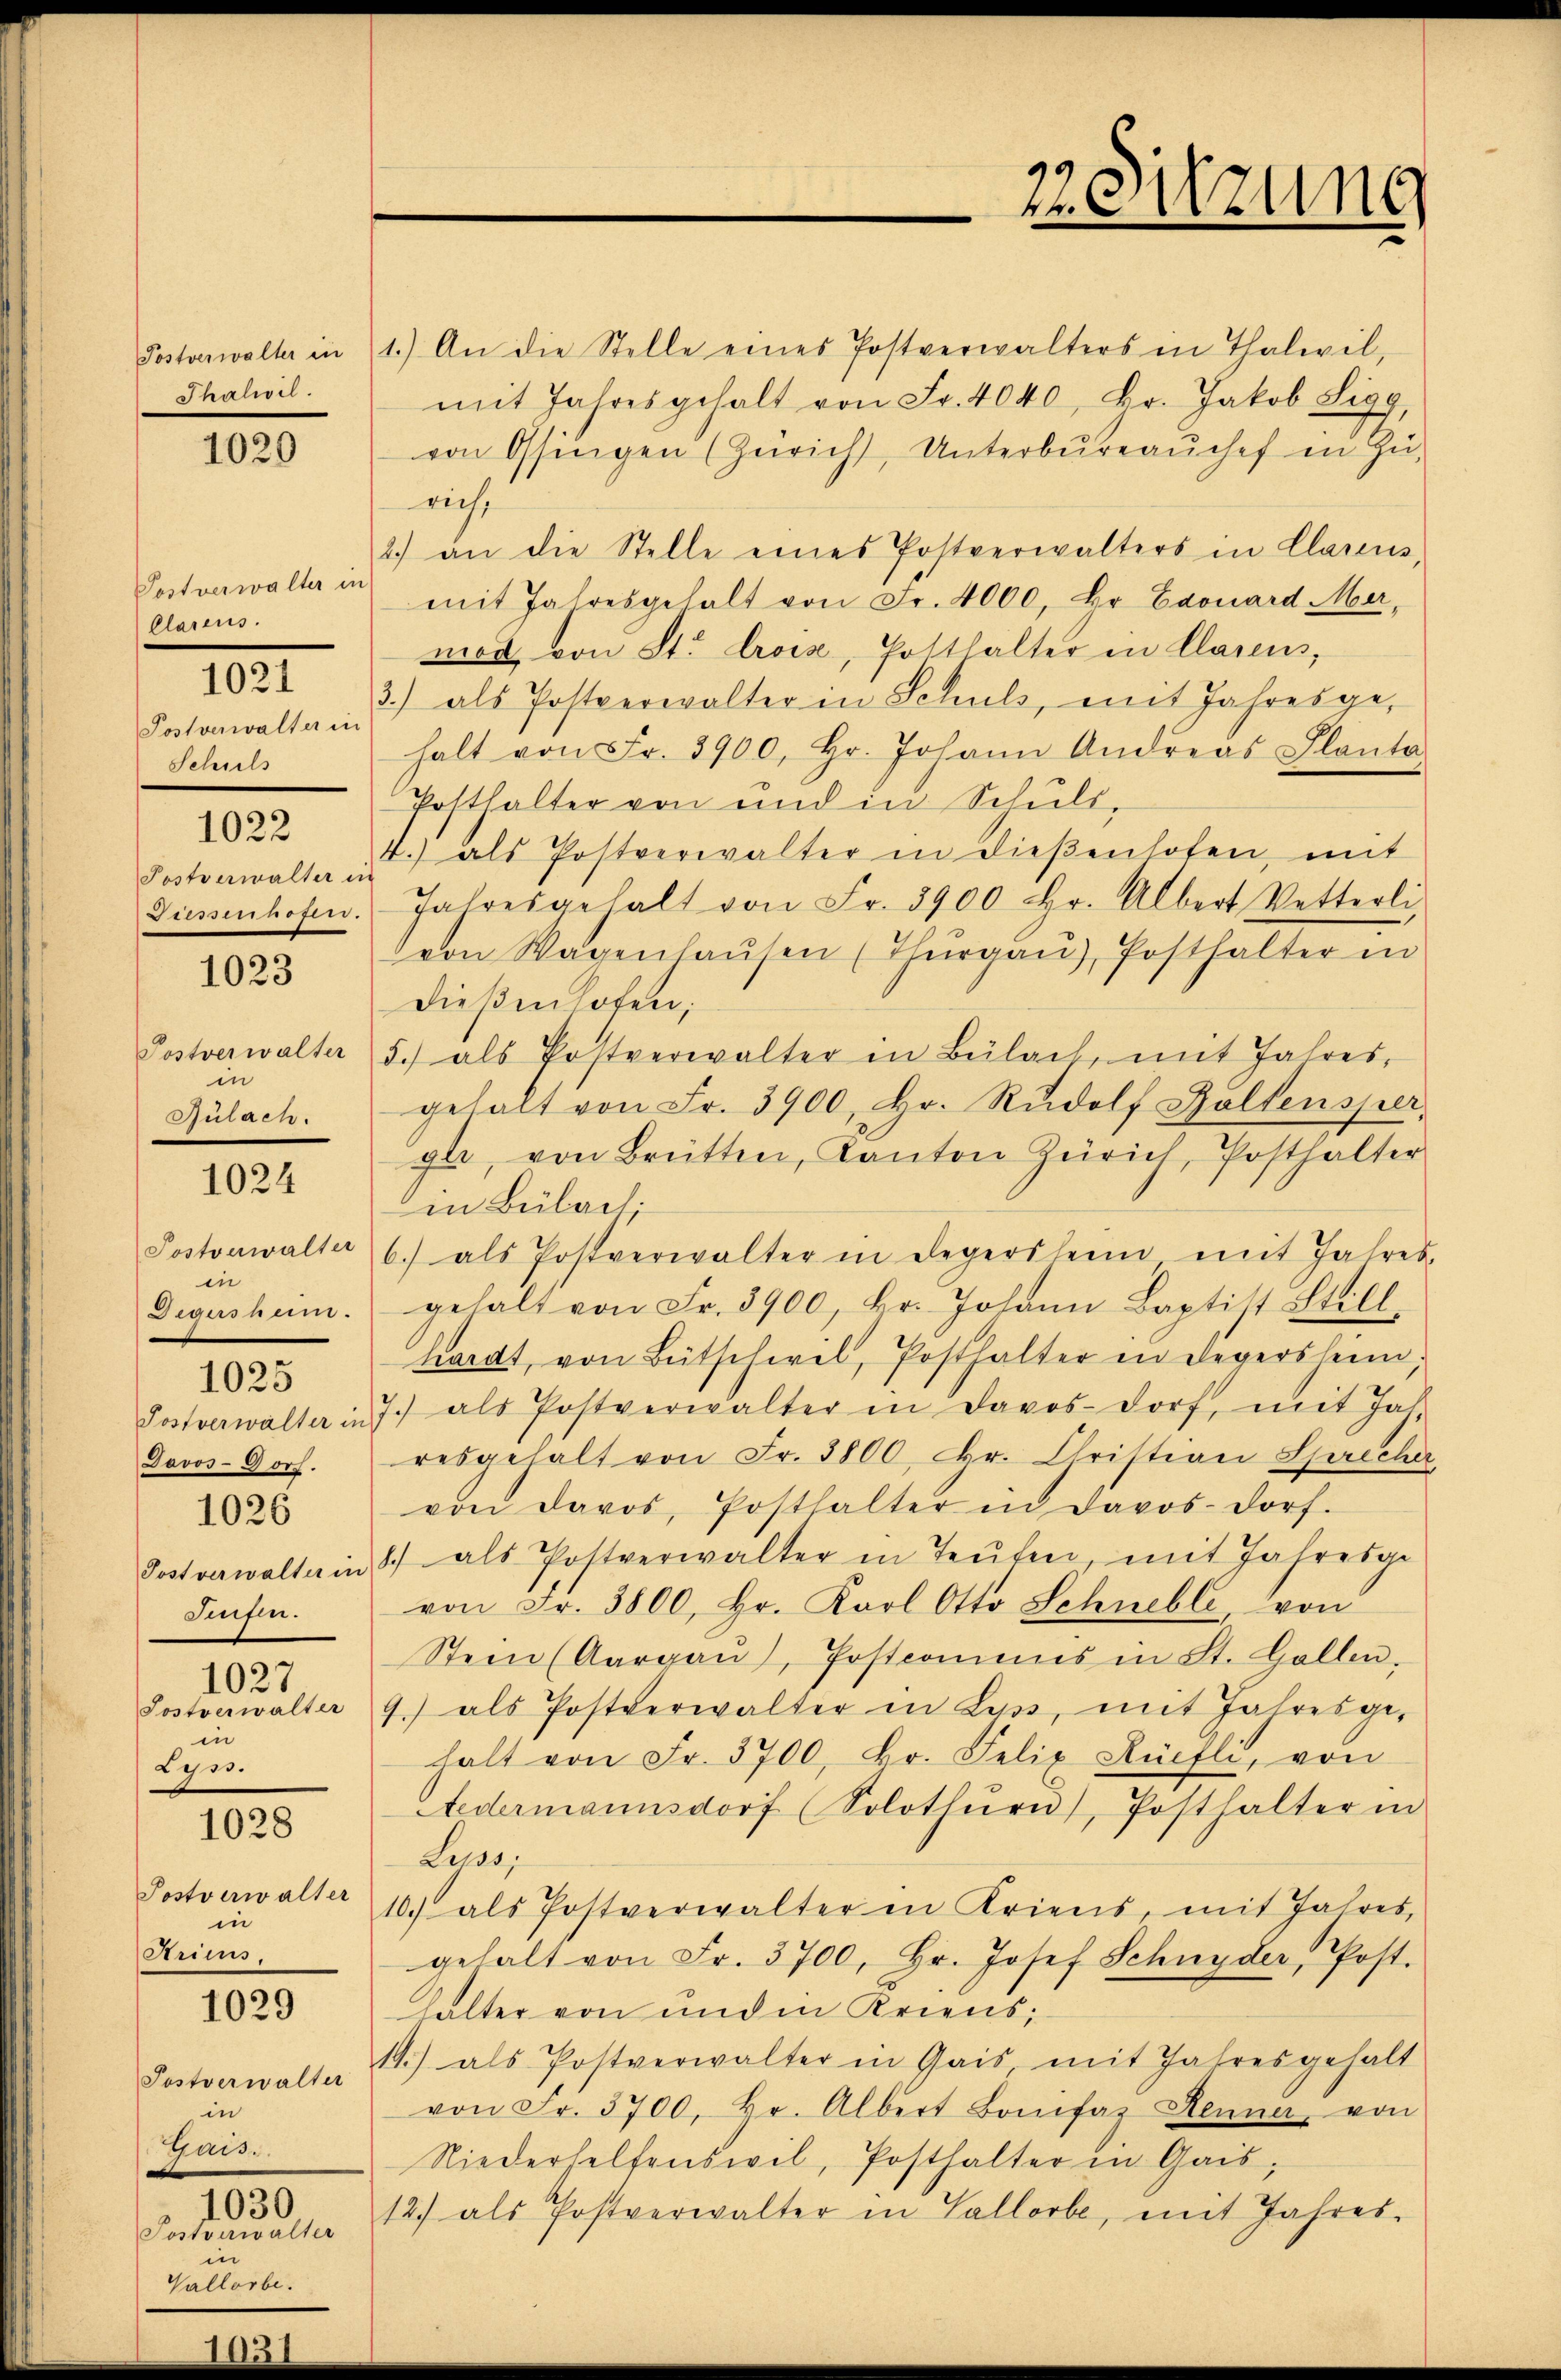
Postverwalter in
Thalwil.

1029

Postverwalter in
Clarens.

1021

Postverwalter in
Schuls

1022

Postverwalter in
Diesenhofen.

1023

Postverwalter
in
Bülach.

1024

Postverwalter
in
egersnum.
Postverwalter in
Davos-Gorf.
Postverwalter in
Sufen.
1027
Tostverwalter
in
Lyss.

1025

1026

1028

Postverwalter
s
in
Aricus.

1029

Postverwalter
in
Gais.
1030
Postverwalter
in
Vallorbe

richt

1.) An die Stelle eines Postverwalters in Thalwil,
mit Jahresgehalt von Fr. 4040 Fr. Jakob Sigg,
von Ossingen (Zürich, Unterbureaŭchef in Zu-
2.) an die Stelle eines Postverwalters in Clarens,
mit Jahresgehalt von Fr. 4000, Hr. Edouard Mermet von St. Crois, Gotthalter in Clarens,
3.) als Postverwalter in Schuls, mit Jahresge-
halt von Fr. 3900, hr. Johann Andreas Planta
Posthalter von und in Schuls,
4.) als Postverwalter in diesenhofen, mit
Jahresgehalt von Fr. 3900 hr. Albert Vetterli
von Wagenhaŭsen (Thŭrgaŭ), Posthalter in
Dießenhofen;
5.) als Postverwalter in Bülach, mit Jahres,
gehalt von Fr. 3900, Hr. Rŭdolf Ballensper,
ga, von Brütten, Kanton Zürich, Posthalter
in Bülach.
6) als Postverwalter in Legersheim mit Jahres.
gehalt von Fr. 3900, hr. Johann Baptist Still
hardt, von Bütschwel, Posthalter in Regersheim,
7.) als Postverwalter in Davos-dorf, mit Jah
resgehalt von Fr. 3800, Hr. Christian Sprecher
von Davos, Posthalter in Davos-dorf.
1) als Postverwalter in Teufen, mit Jahresge
von Fr. 3800, hr. Karl Otto Schnelle, von
Stein (Aargau, Postcommis in St. Gallen,
9.) als Postverwalter in Lyss, mit Jahresgehalt von Fr. 3700, hr. Felix Küefli, von
Aedermannsdorf (Solothŭrn), Posthalter in
Leus,
10.) als Postverwalter in Kriens, mit Jahres,
gehalt von Fr. 3700, Hr. Josef Schnyder, Post.
halter von unden Kriens,
1.) als Postverwalter in Gais mit Jahresgehalt
von Fr. 3700. Fr. Albert Bonifaz Kenner, von
Niederhelfenswil, Posthalter in Gais;
12.) als Postverwalter in Gallorbe, mit Jahres-

22. Sitzung